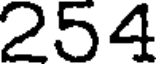
254